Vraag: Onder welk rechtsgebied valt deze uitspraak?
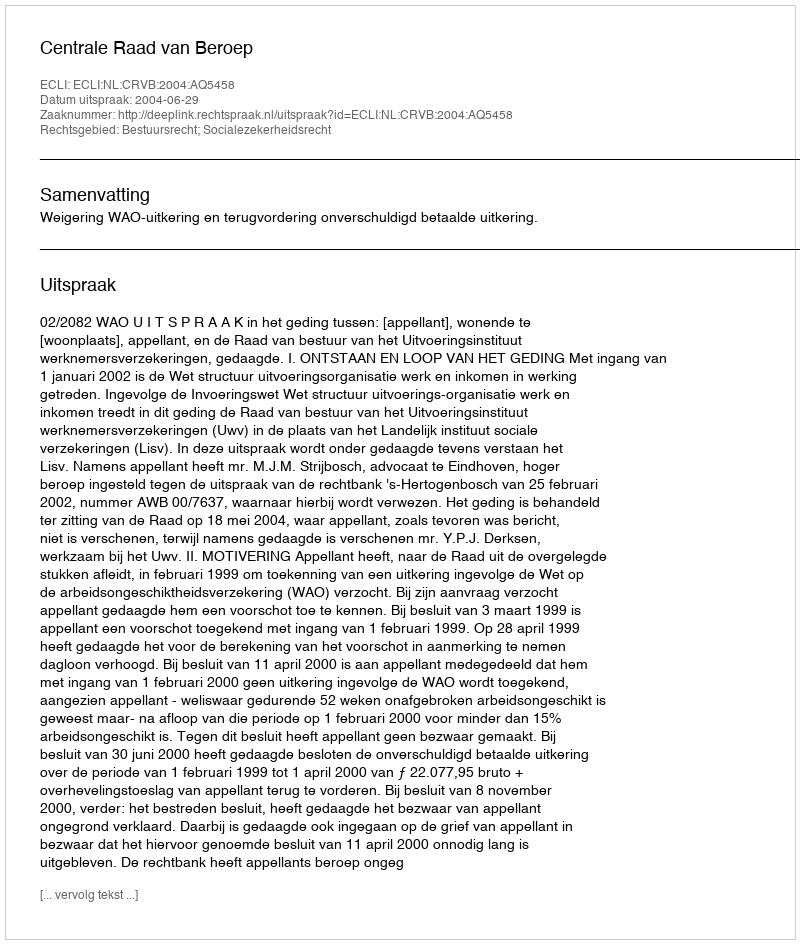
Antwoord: Bestuursrecht; Socialezekerheidsrecht